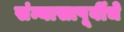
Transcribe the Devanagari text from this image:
संन्यासापूर्वीचे